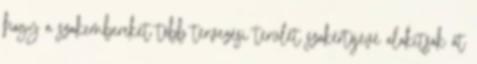
hogy a szakembereket több tervezési terület szakértőjévé alakítsák át